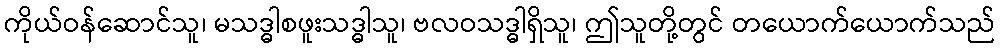
ကိုယ်ဝန်ဆောင်သူ၊ မသဒ္ဓါစဖူးသဒ္ဓါသူ၊ ဗလဝသဒ္ဓါရှိသူ၊ ဤသူတို့တွင် တယောက်ယောက်သည်